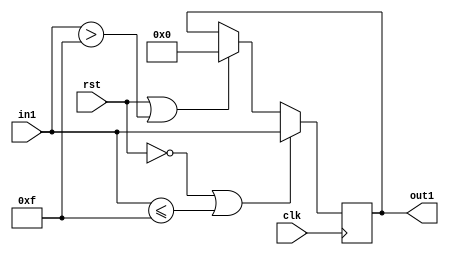
`timescale 1ns / 1ps
//////////////////////////////////////////////////////////////////////////////////
// Company: 
// Engineer: 
// 
// Design Name: 
// Module Name: 4-bit reg
// Project Name: 
// Target Devices: 
// Tool Versions: 
// Description: 
// 
// Dependencies: 
// 
// Revision:
// Revision 0.01 - File Created
// Additional Comments:
// 
//////////////////////////////////////////////////////////////////////////////////


module four_bit_reg #(parameter N=4) (in1, out1, rst, clk);
input [N-1:0] in1;
input rst, clk; 
output reg [N-1:0] out1; 
always @ (posedge clk) begin
if((rst == 1) || (in1>4'b1111))begin
out1 <= 4'b0000;
end
if((rst == 0) || (in1<=4'b1111))begin
out1 <= in1;
end
end
endmodule